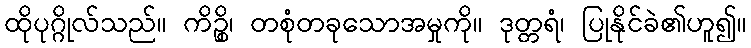
ထိုပုဂ္ဂိုလ်သည်။ ကိဉ္စိ၊ တစုံတခုသောအမှုကို။ ဒုတ္တရံ၊ ပြုနိုင်ခဲ၏ဟူ၍။